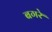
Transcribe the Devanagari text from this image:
बगरे